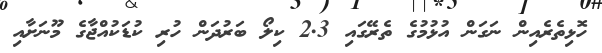
ހޮޅިތެރެއިން ނަގަން އުޅުމުގެ ތެރޭގައި 2.3 ކިލޯ ބަރުދަން ހުރި ކުޑަކުއްޖާގެ މޫނަށާއި